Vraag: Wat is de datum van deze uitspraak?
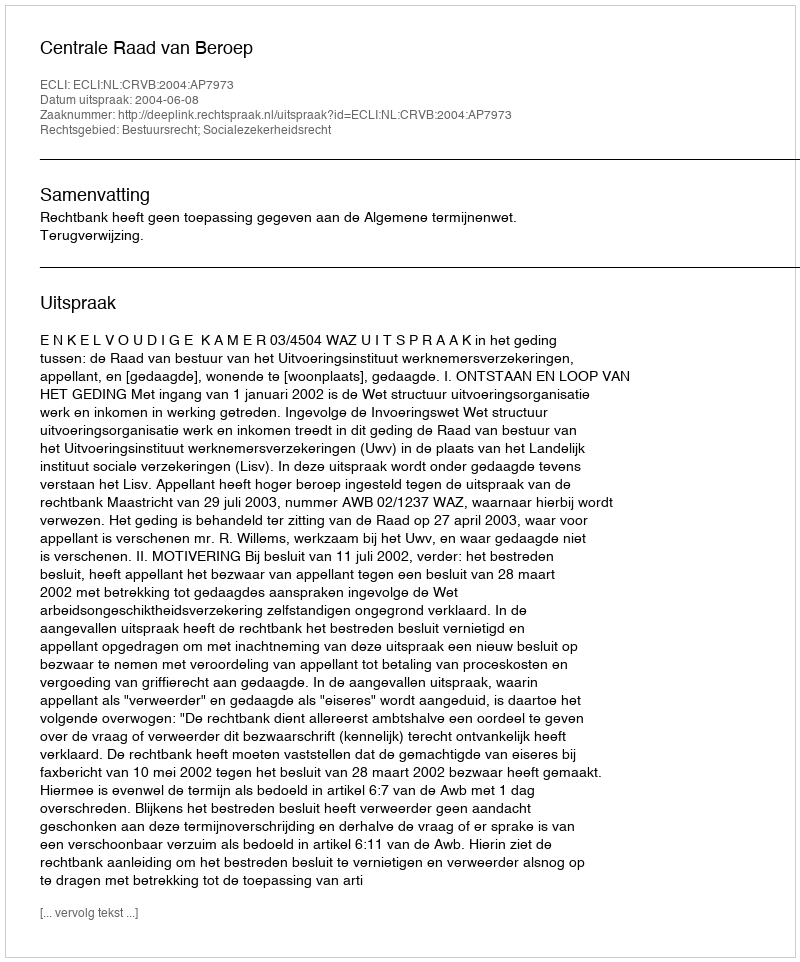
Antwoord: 2004-06-08